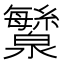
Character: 㶗